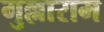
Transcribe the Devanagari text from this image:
गुल्लाराम